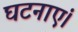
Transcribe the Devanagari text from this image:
घटनाएं।